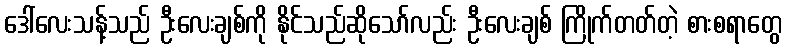
ဒေါ်လေးသန့်သည် ဦးလေးချစ်ကို နိုင်သည်ဆိုသော်လည်း ဦးလေးချစ် ကြိုက်တတ်တဲ့ စားစရာတွေ